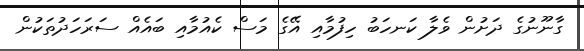
ގާނޫނުގެ ދަށުން ވެލާ ކަނހަބު ހިފުމާއި އޭގެ މަސް ކެއުމާއި ބައެއް ސަރަހަދުތަކުން